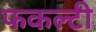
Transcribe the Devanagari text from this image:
फकल्टी